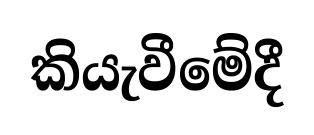
කියැවීමේදී